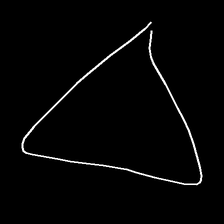
Glyph: convergence